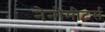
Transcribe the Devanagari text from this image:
नेनोमीटर्स